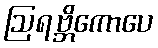
ဩရဗ္ဘိကောပေ